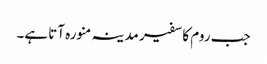
جب روم کا سفیر مدینہ منورہ آتا ہے۔